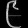
Digit: ၉